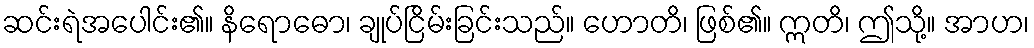
ဆင်းရဲအပေါင်း၏။ နိရောဓော၊ ချုပ်ငြိမ်းခြင်းသည်။ ဟောတိ၊ ဖြစ်၏။ ဣတိ၊ ဤသို့။ အာဟ၊